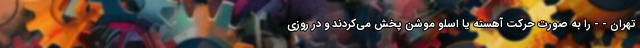
تهران - - را به صورت حرکت آهسته یا اسلو موشن پخش می‌کردند و در روزی